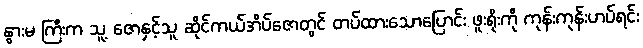
နွားမ ကြီးက သူ့ ဇောနှင့်သူ ဆိုင်ကယ်အိပ်ဇောတွင် တပ်ထားသောပြောင်း ဖူးရိုးကို ကုန်းကုန်းဟပ်ရင်း